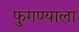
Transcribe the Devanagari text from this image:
फुगण्याला